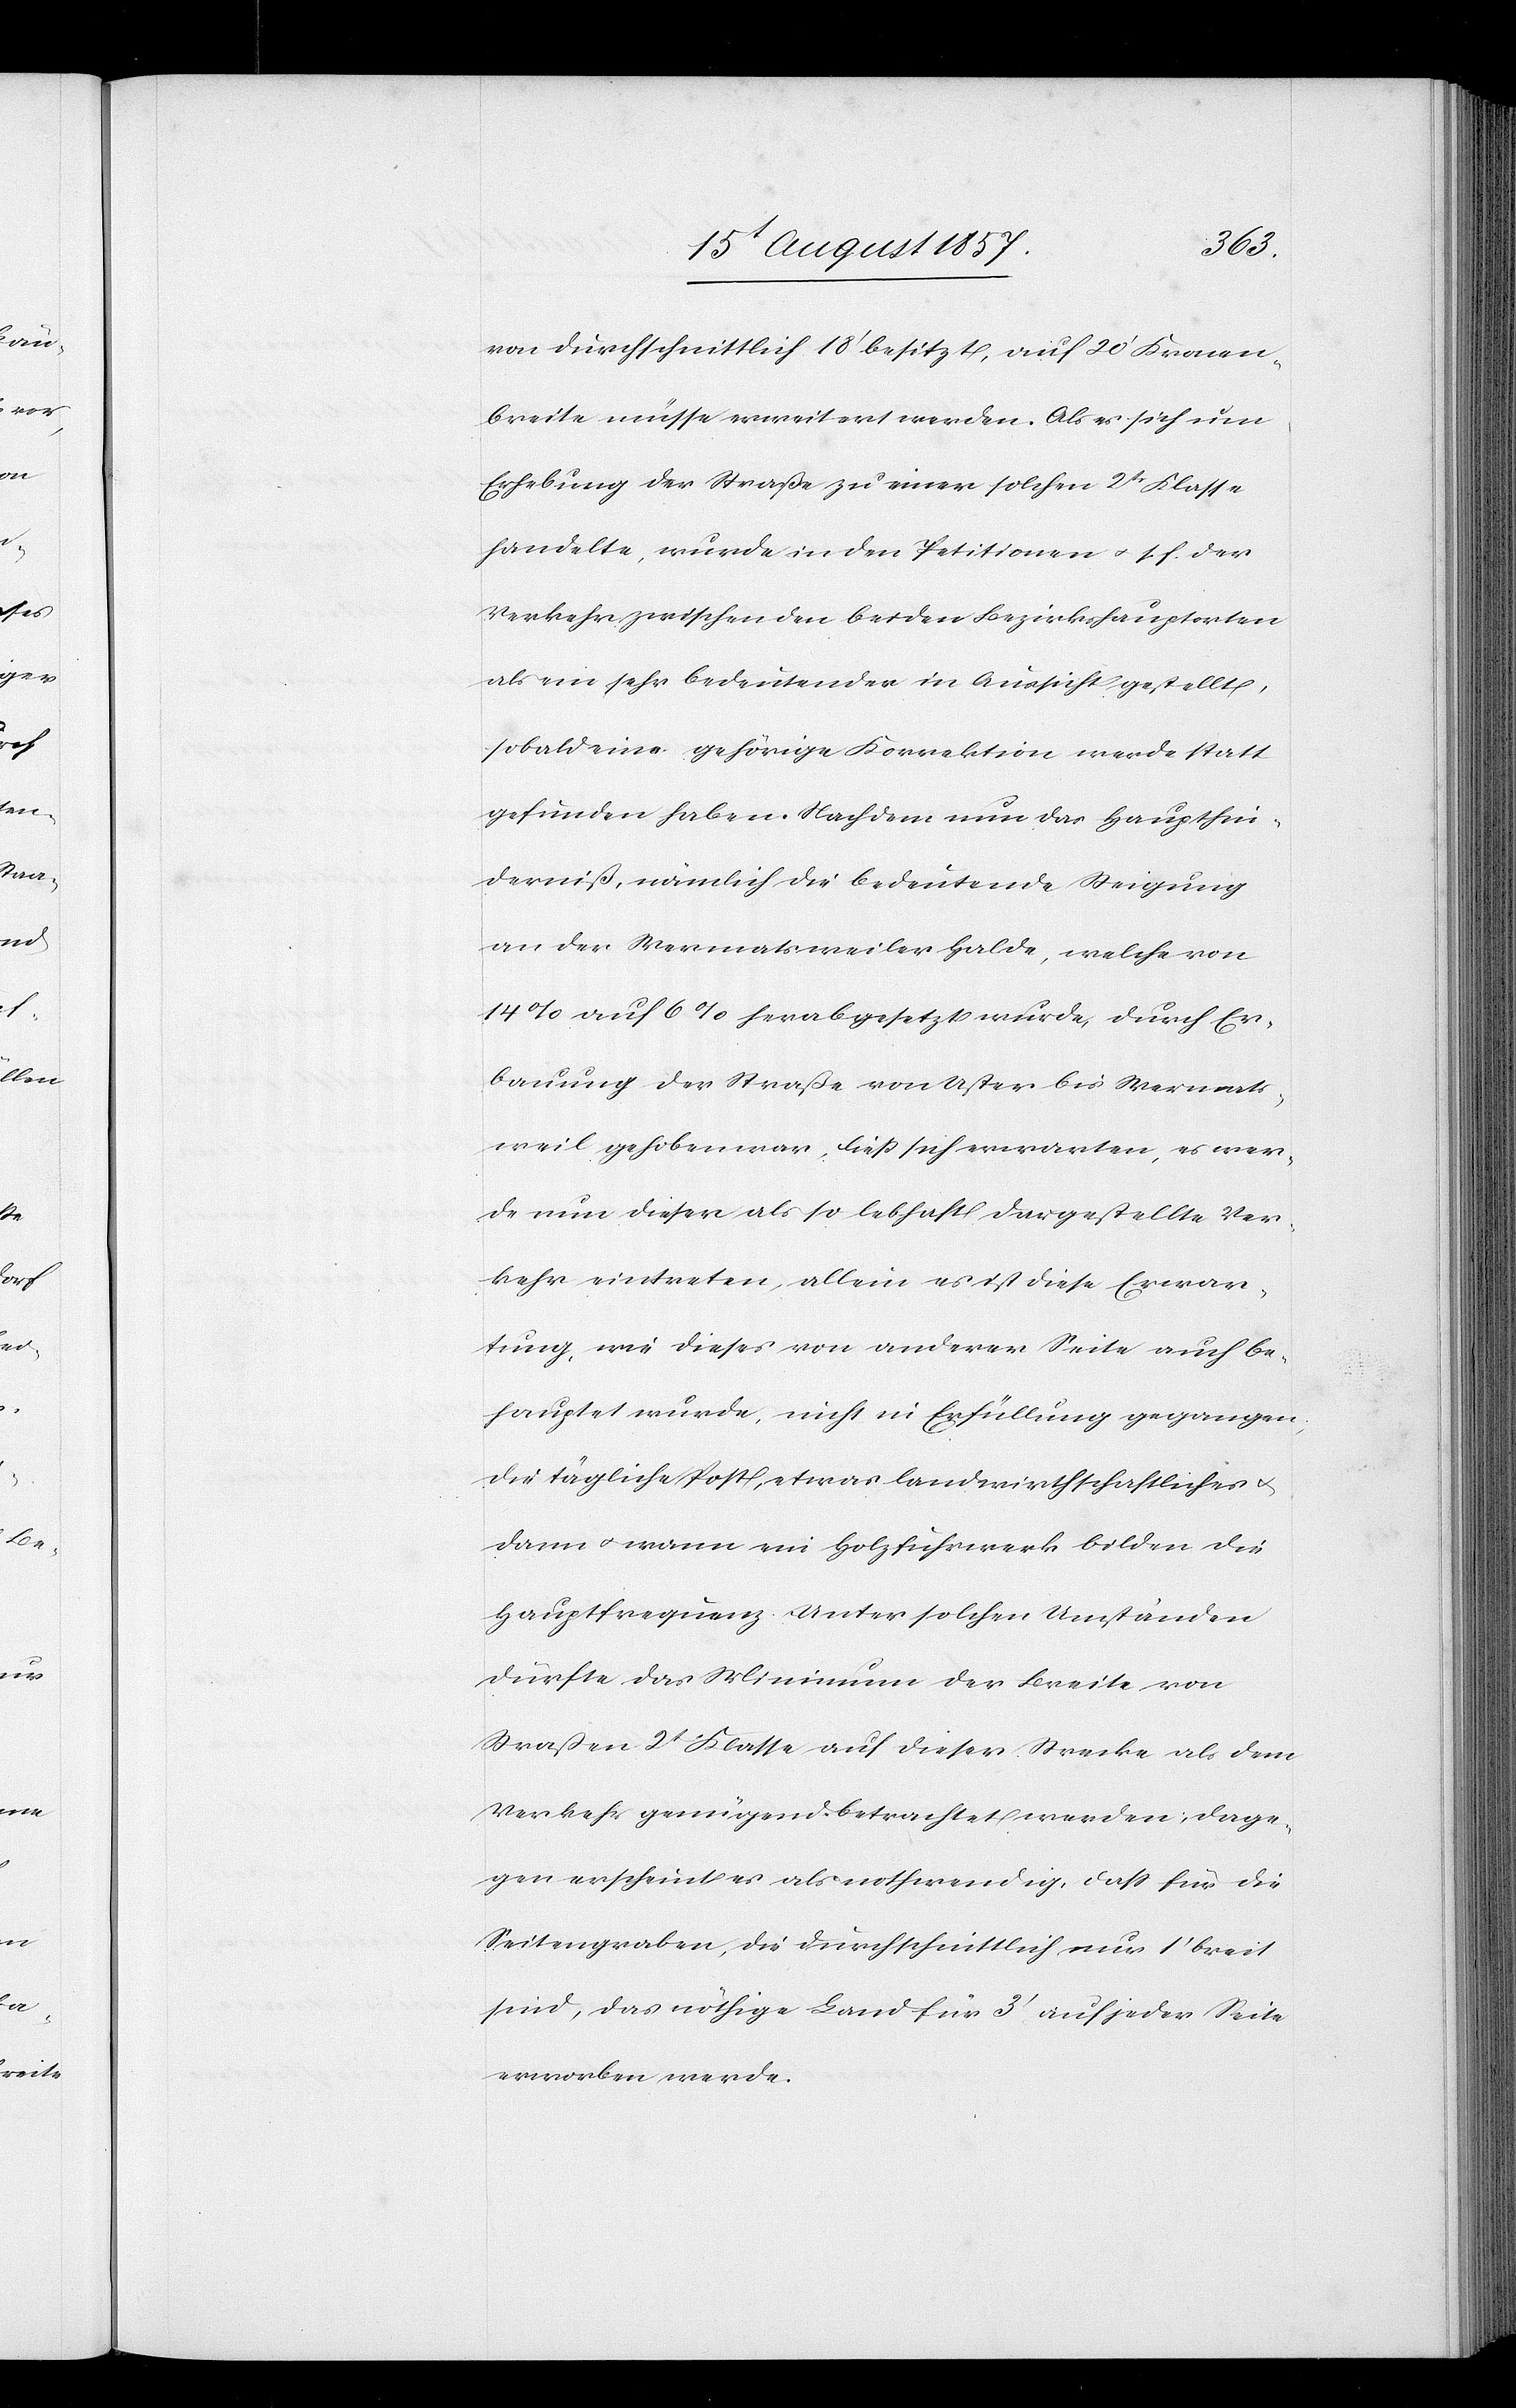
von durchschnittlich 18’ besitzt, auf 20’ Kronen¬
breite müsse erweitert werden. Als es sich um
Erhebung der Straße zu einer solchen 2tr Klasse
handelte, wurde in den Petitionen &. s. f. der
Verkehr zwischen den beiden Bezirkshauptorten
als ein sehr bedeutender in Aussicht gestellt,
sobald eine gehörige Korrektion werde statt
gefunden haben. Nachdem nun das Haupthin¬
derniß, nämlich die bedeutende Steigung
an der Wermatsweiler Halde, welche von
14% auf 6% herabgesetzt wurde, durch Er¬
bauung der Straße von Uster bis Wermats¬
weil gehoben war, ließ sich erwarten, es wer¬
de nun dieser als so lebhaft dargestellte Ver¬
kehr eintreten allein es ist diese Erwar¬
tung, wie dieses von anderer Seite auch be¬
hauptet wurde, nicht in Erfüllung gegangen,
die tägliche Post, etwas landwirthschaftliches
dann & wann ein Holzfuhrwerk bilden die
Hauptfrequenz. Unter solchen Umständen
dürfte das Minimum der Breite von
Straßen 2t Klasse auf dieser Strecke als dem
Verkehr genügend betrachtet werden; dage¬
gen erscheint es als nothwendig, daß für die
Seitengraben, die durchschnittlich aus 1’ breit
sind, das nöthige Land für 3’ auf jeder Seite
erworben werde.